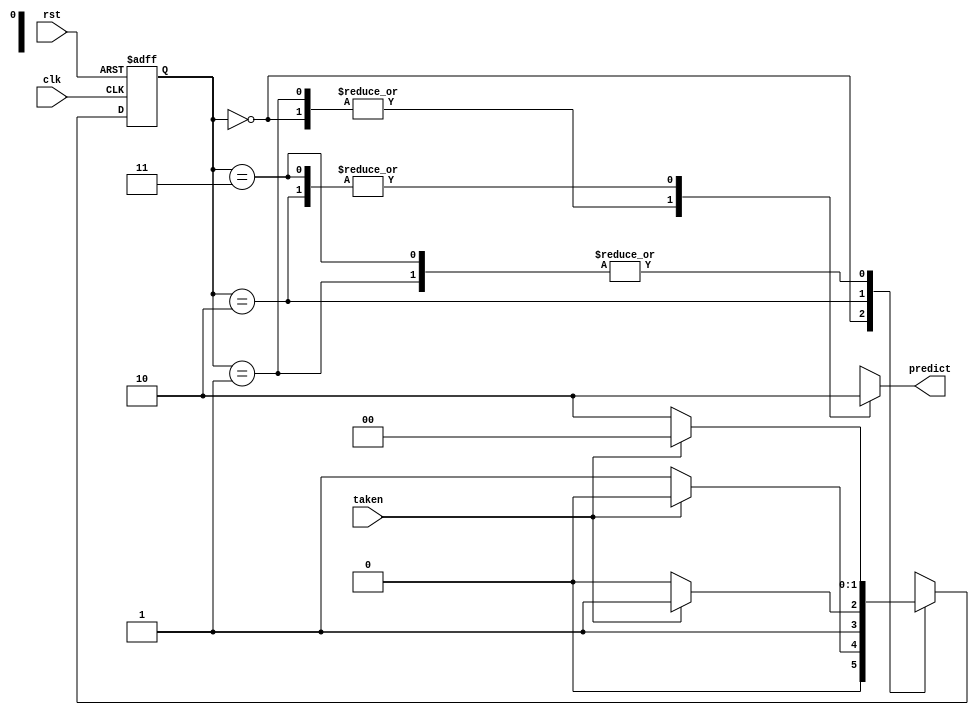
module fsm(input clk,rst,taken,output reg predict);

localparam s1= 2'b00;
localparam s2 = 2'b01;
localparam s3 = 2'b10;
localparam s4 = 2'b11;

reg [1:0] next_state,current_state;

always @(posedge clk, negedge rst)
begin
if(~rst)
current_state <= s1;
else
current_state <=next_state;
end

always @(current_state,taken)
begin
case (current_state)
s1: if(taken)
    next_state = s1;
    else
    next_state = s2;

s2: 
    if(taken)
    next_state = s1;
    else
    next_state = s3;

s3: if(taken)
    next_state = s4;
    else
    next_state = s3;

s4: 
    if(taken)
    next_state = s1;
    else
    next_state = s3;
endcase
end

always @(current_state)
begin
case(current_state)
s1: predict = 1'b1;
s2: predict = 1'b1;
s3: predict = 1'b0;
s4: predict = 1'b0;
endcase
end 

endmodule